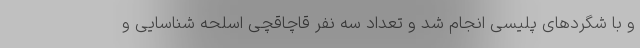
و با شگردهای پلیسی انجام شد و تعداد سه نفر قاچاقچی اسلحه شناسایی و